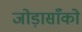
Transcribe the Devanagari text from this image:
जोड़ासाँको